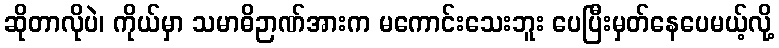
ဆိုတာလိုပဲ၊ ကိုယ်မှာ သမာဓိဉာဏ်အားက မကောင်းသေးဘူး ပေပြီးမှတ်နေပေမယ့်လို့